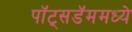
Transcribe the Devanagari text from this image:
पॉट्सडॅममध्ये